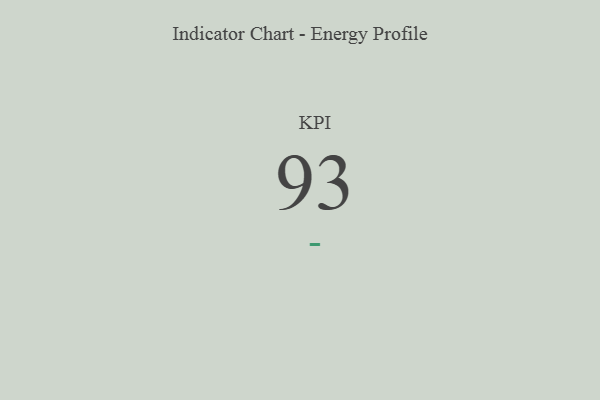
{"axis": {"x": "KPI", "y": "Value"}, "legend": [""], "data": [{"x": "KPI", "y": 93, "type": ""}]}